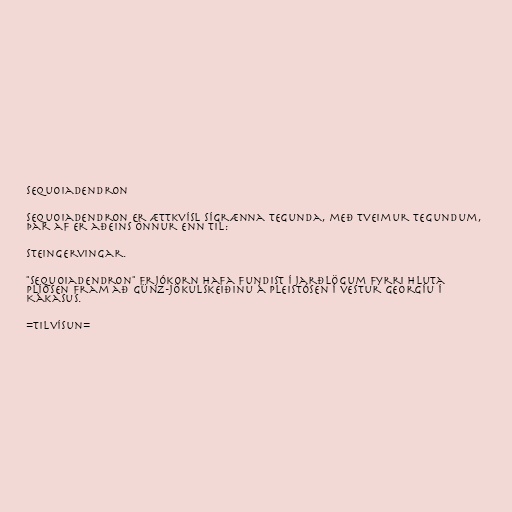
Sequoiadendron

Sequoiadendron er ættkvísl sígrænna tegunda, með tveimur tegundum,
þar af er aðeins önnur enn til:

Steingervingar.

"Sequoiadendron" frjókorn hafa fundist í jarðlögum fyrri hluta
Plíósen fram að Günz-jökulskeiðinu á Pleistósen í vestur Georgíu í
Kákasus.

=Tilvísun=